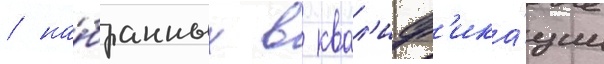
/ на́бранных в квал'иф'ика́ции